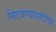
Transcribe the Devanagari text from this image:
मिटवण्यासाठीचा